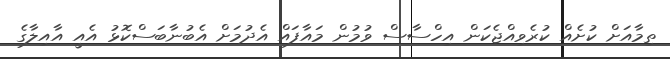
ތިމާއަށް ކުށެއް ކުރެވިއްޖެކަން އިހްސާސް ވުމުން މައާފައް އެދުމަށް އެބުނާބަސްކޮޅު އެއީ އާއިލާގެ